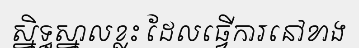
ស្និទ្ធស្នាលខ្លះ ដែលធ្វើការនៅខាង